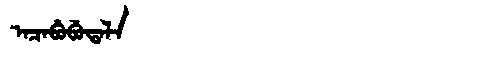
Manchu: ᠠᠴᠠᠪᡠᠪᡠᡨᠠᠯᠠ
Romanization: ACABUBUTALA